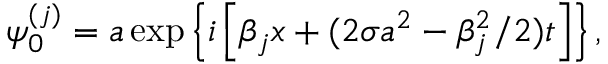
\psi _ { 0 } ^ { ( j ) } = a \exp \left\{ i \left[ { \beta _ { j } } x + ( 2 \sigma a ^ { 2 } - \beta _ { j } ^ { 2 } / 2 ) t \right] \right\} ,